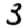
Digit: 3